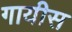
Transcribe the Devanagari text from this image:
गायीस